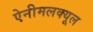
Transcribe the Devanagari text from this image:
ऐनीमलक्यूल